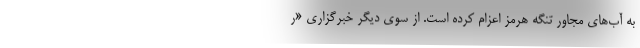
به آب‌های مجاور تنگه هرمز اعزام کرده است. از سوی دیگر خبرگزاری «ر